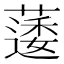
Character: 𮑌